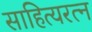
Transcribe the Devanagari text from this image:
साहित्यरत्‍न